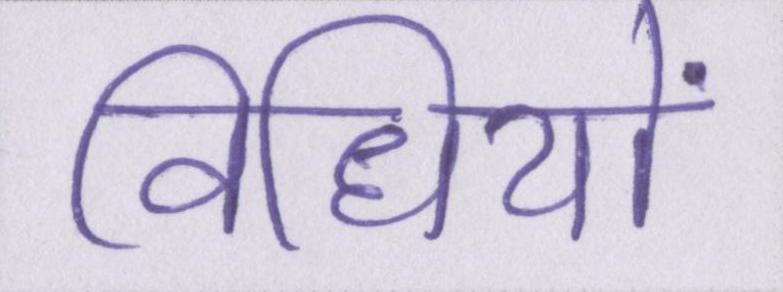
विधियों